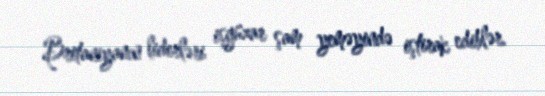
Britaniyanın liderləri işgüzar şam yeməyində iştirak ediblər.